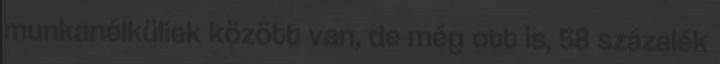
munkanélküliek között van, de még ott is, 58 százalék